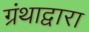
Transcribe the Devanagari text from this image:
ग्रंथाद्वारा